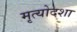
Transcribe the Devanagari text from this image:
मृत्योदशा